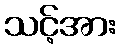
သင့်အား